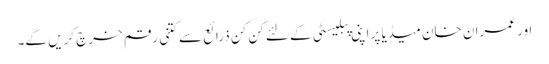
اور عمران خان میڈیا پر اپنی پبلیسٹی کے لئے کن کن ذرائع سے کتنی رقم خرچ کریں گے۔